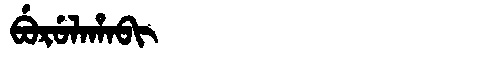
Manchu: ᠪᡠᡵᡠᠯᠠᡥᠠᠪᡳ
Romanization: BURULAHABI